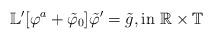
LaTeX: \begin{align*}\mathbb L^\prime[\varphi^a+\tilde\varphi_0]\tilde{\varphi}^\prime=\tilde g, \mbox{in} \,\,\mathbb R\times \mathbb{T}\end{align*}